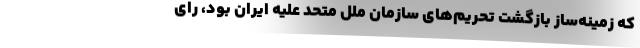
که زمینه‌ساز بازگشت تحریم‌های سازمان ملل متحد علیه ایران بود، رای